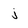
Character: j